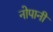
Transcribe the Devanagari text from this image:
नोपानी